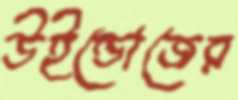
উইন্ডোজের